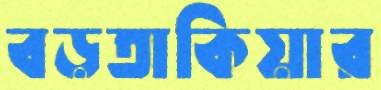
বড়তাকিয়ার